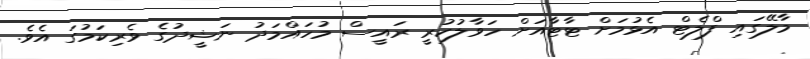
މާލޭގައި ފްލެޓް އެޅުމަށް ޓާޓާއަށް ހަވާލުކުރީ ރައީސް މުހައްމަދު ނަޝީދުގެ ވެރިކަމުގަ އެވެ.